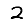
Digit: 2